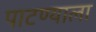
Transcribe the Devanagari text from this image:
पाटण्याला